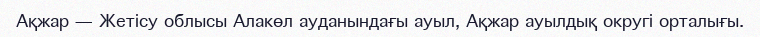
Ақжар — Жетісу облысы Алакөл ауданындағы ауыл, Ақжар ауылдық округі орталығы.